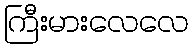
ကြီးမားလေလေ